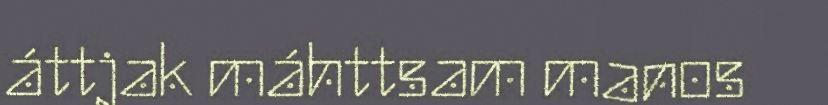
áttjak máhttsam manos